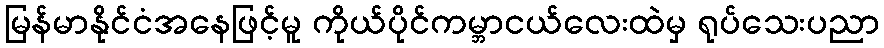
မြန်မာနိုင်ငံအနေဖြင့်မူ ကိုယ်ပိုင်ကမ္ဘာငယ်လေးထဲမှ ရုပ်သေးပညာ